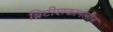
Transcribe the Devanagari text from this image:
ब्रिटीशकानलीन